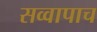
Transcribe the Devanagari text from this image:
सव्वापाच